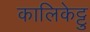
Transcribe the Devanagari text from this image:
कालिकेट्टु